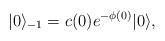
LaTeX: \begin{align*}|0\rangle_{-1}=c(0)e^{-\phi(0)}|0\rangle, \end{align*}